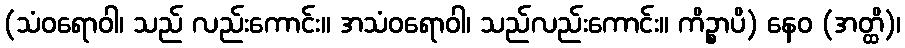
(သံဝရောဝါ၊ သည် လည်းကောင်း။ အသံဝရောဝါ၊ သည်လည်းကောင်း။ ကိဉ္စာပိ) နေဝ (အတ္ထိ)၊